Report on the working of the mental hospitals for Indians in Bihar and Orissa - 1925-1929
Year: 1925
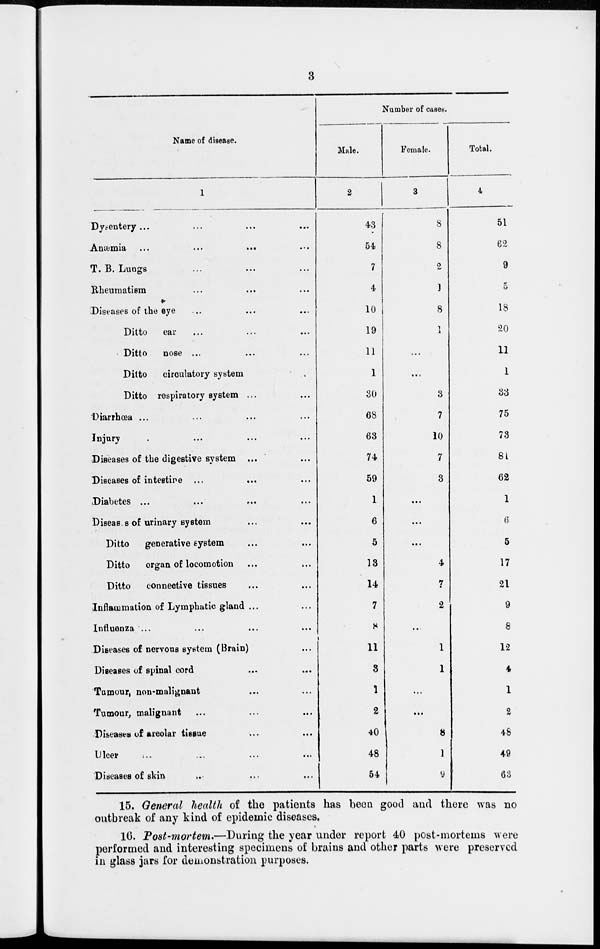
3
Name of disease.
1
Dysentery ... ... ... ...
Anæmia
...
...
... ...
T. B. Lungs ... ... ...
Rheumatism ... ... ...
Diseases of the eye ... ... ...
Ditto
ear ... ... ...
Ditto
nose ... ... ...
Ditto
circulatory system ...
Ditto respiratory system ... ...
Diarrhœa ... ... ... ...
Injury ... ... ... ...
Diseases of the digestive system ... ...
Diseases of intestine ...
... ...
Diabetes ... ... ... ...
Diseases of urinary system ... ...
Ditto
generative system ... ...
Ditto
organ of locomotion ... ...
Ditto
connective tissues ... ...
Inflammation of Lymphatic gland ... ...
Influenza ... ... ... ...
Diseases of nervous system (Brain) ...
Diseases of spinal cord ... ...
Tumour, non-malignant ... ...
Tumour, malignant ... ... ...
Diseases of areolar tissue ... ...
Ulcer ... ... ... ...
Diseases of skin ... ... ...
Number of cases.
Male.
2
43
54
7
4
10
19
11
1
30
68
63
74
59
1
6
5
13
14
7
8
11
3
1
2
40
48
54
Female.
3
8
8
2
1
8
1
...
...
3
7
10
7
3
...
...
...
4
7
2
...
1
1
...
...
8
1
9
Total.
4
51
62
9
5
18
20
11
1
33
75
73
81
62
1
6
5
17
21
9
8
12
4
1
2
48
49
63
15. General health of the patients has been good and there was no
outbreak of any kind of epidemic diseases.
16. Post-mortem.—During the year under report 40 post-mortems were
performed and interesting specimens of brains and other parts were preserved
in glass jars for demonstration purposes.